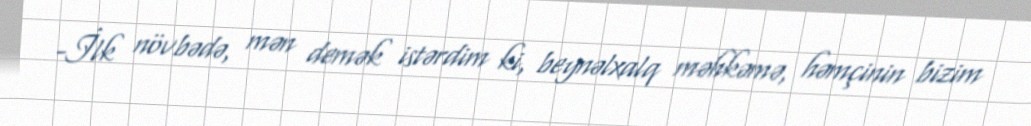
-İlk növbədə, mən demək istərdim ki, beynəlxalq məhkəmə, həmçinin bizim